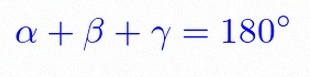
\alpha+\beta+\gamma=180^\circ